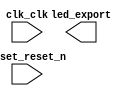

module Nios2CPU (
	clk_clk,
	led_export,
	reset_reset_n);	

	input		clk_clk;
	output	[3:0]	led_export;
	input		reset_reset_n;
endmodule